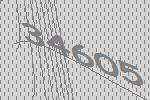
34605